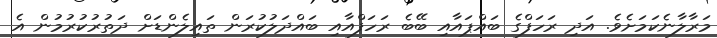
މަރާލާނެކަމަށެވެ. އަދި ރަހަފްގެ ބައްޕައާއި ބޭބެ ރަހަފްއާއި ބައްދަލުކުރަން ތައިލެންޑަށް ދަތުރުކުރުމުން އެ